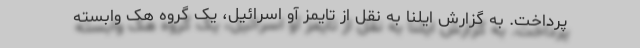
پرداخت. به گزارش ایلنا به نقل از تایمز آو اسرائیل، یک گروه هک وابسته